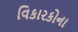
વિકારકોના